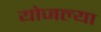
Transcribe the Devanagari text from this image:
योजल्या